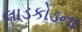
લાડકોડના